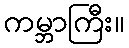
ကမ္ဘာကြီး။